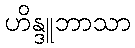
ဟိန္ဒူဘာသာ